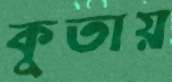
কুতায়